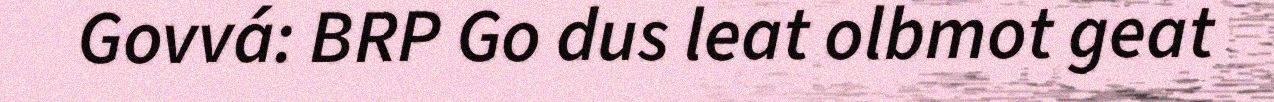
Govvá: BRP Go dus leat olbmot geat